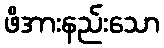
ဖိအားနည်းသော